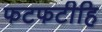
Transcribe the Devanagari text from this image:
फटफटीहि